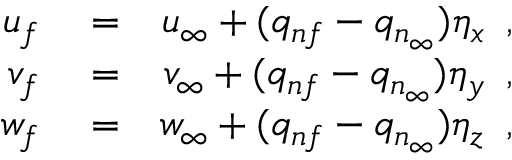
\begin{array} { r l r } { u _ { f } } & { { } = } & { u _ { \infty } + ( q _ { n f } - q _ { n _ { \infty } } ) \eta _ { x } \, \mathrm { ~ , ~ } } \\ { v _ { f } } & { { } = } & { v _ { \infty } + ( q _ { n f } - q _ { n _ { \infty } } ) \eta _ { y } \, \mathrm { ~ , ~ } } \\ { w _ { f } } & { { } = } & { w _ { \infty } + ( q _ { n f } - q _ { n _ { \infty } } ) \eta _ { z } \, \mathrm { ~ , ~ } } \end{array}